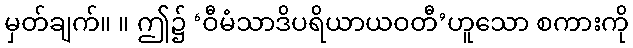
မှတ်ချက်။ ။ ဤ၌ ‘ဝီမံသာဒိပရိယာယဝတီ’ဟူသော စကားကို